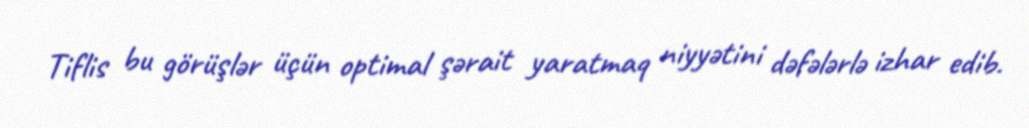
Tiflis bu görüşlər üçün optimal şərait yaratmaq niyyətini dəfələrlə izhar edib.